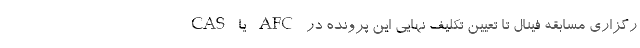
رگزاری مسابقه فینال تا تعیین تکلیف نهایی این پرونده در AFC یا CAS